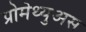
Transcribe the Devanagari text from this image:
प्रोमेथ्युअस